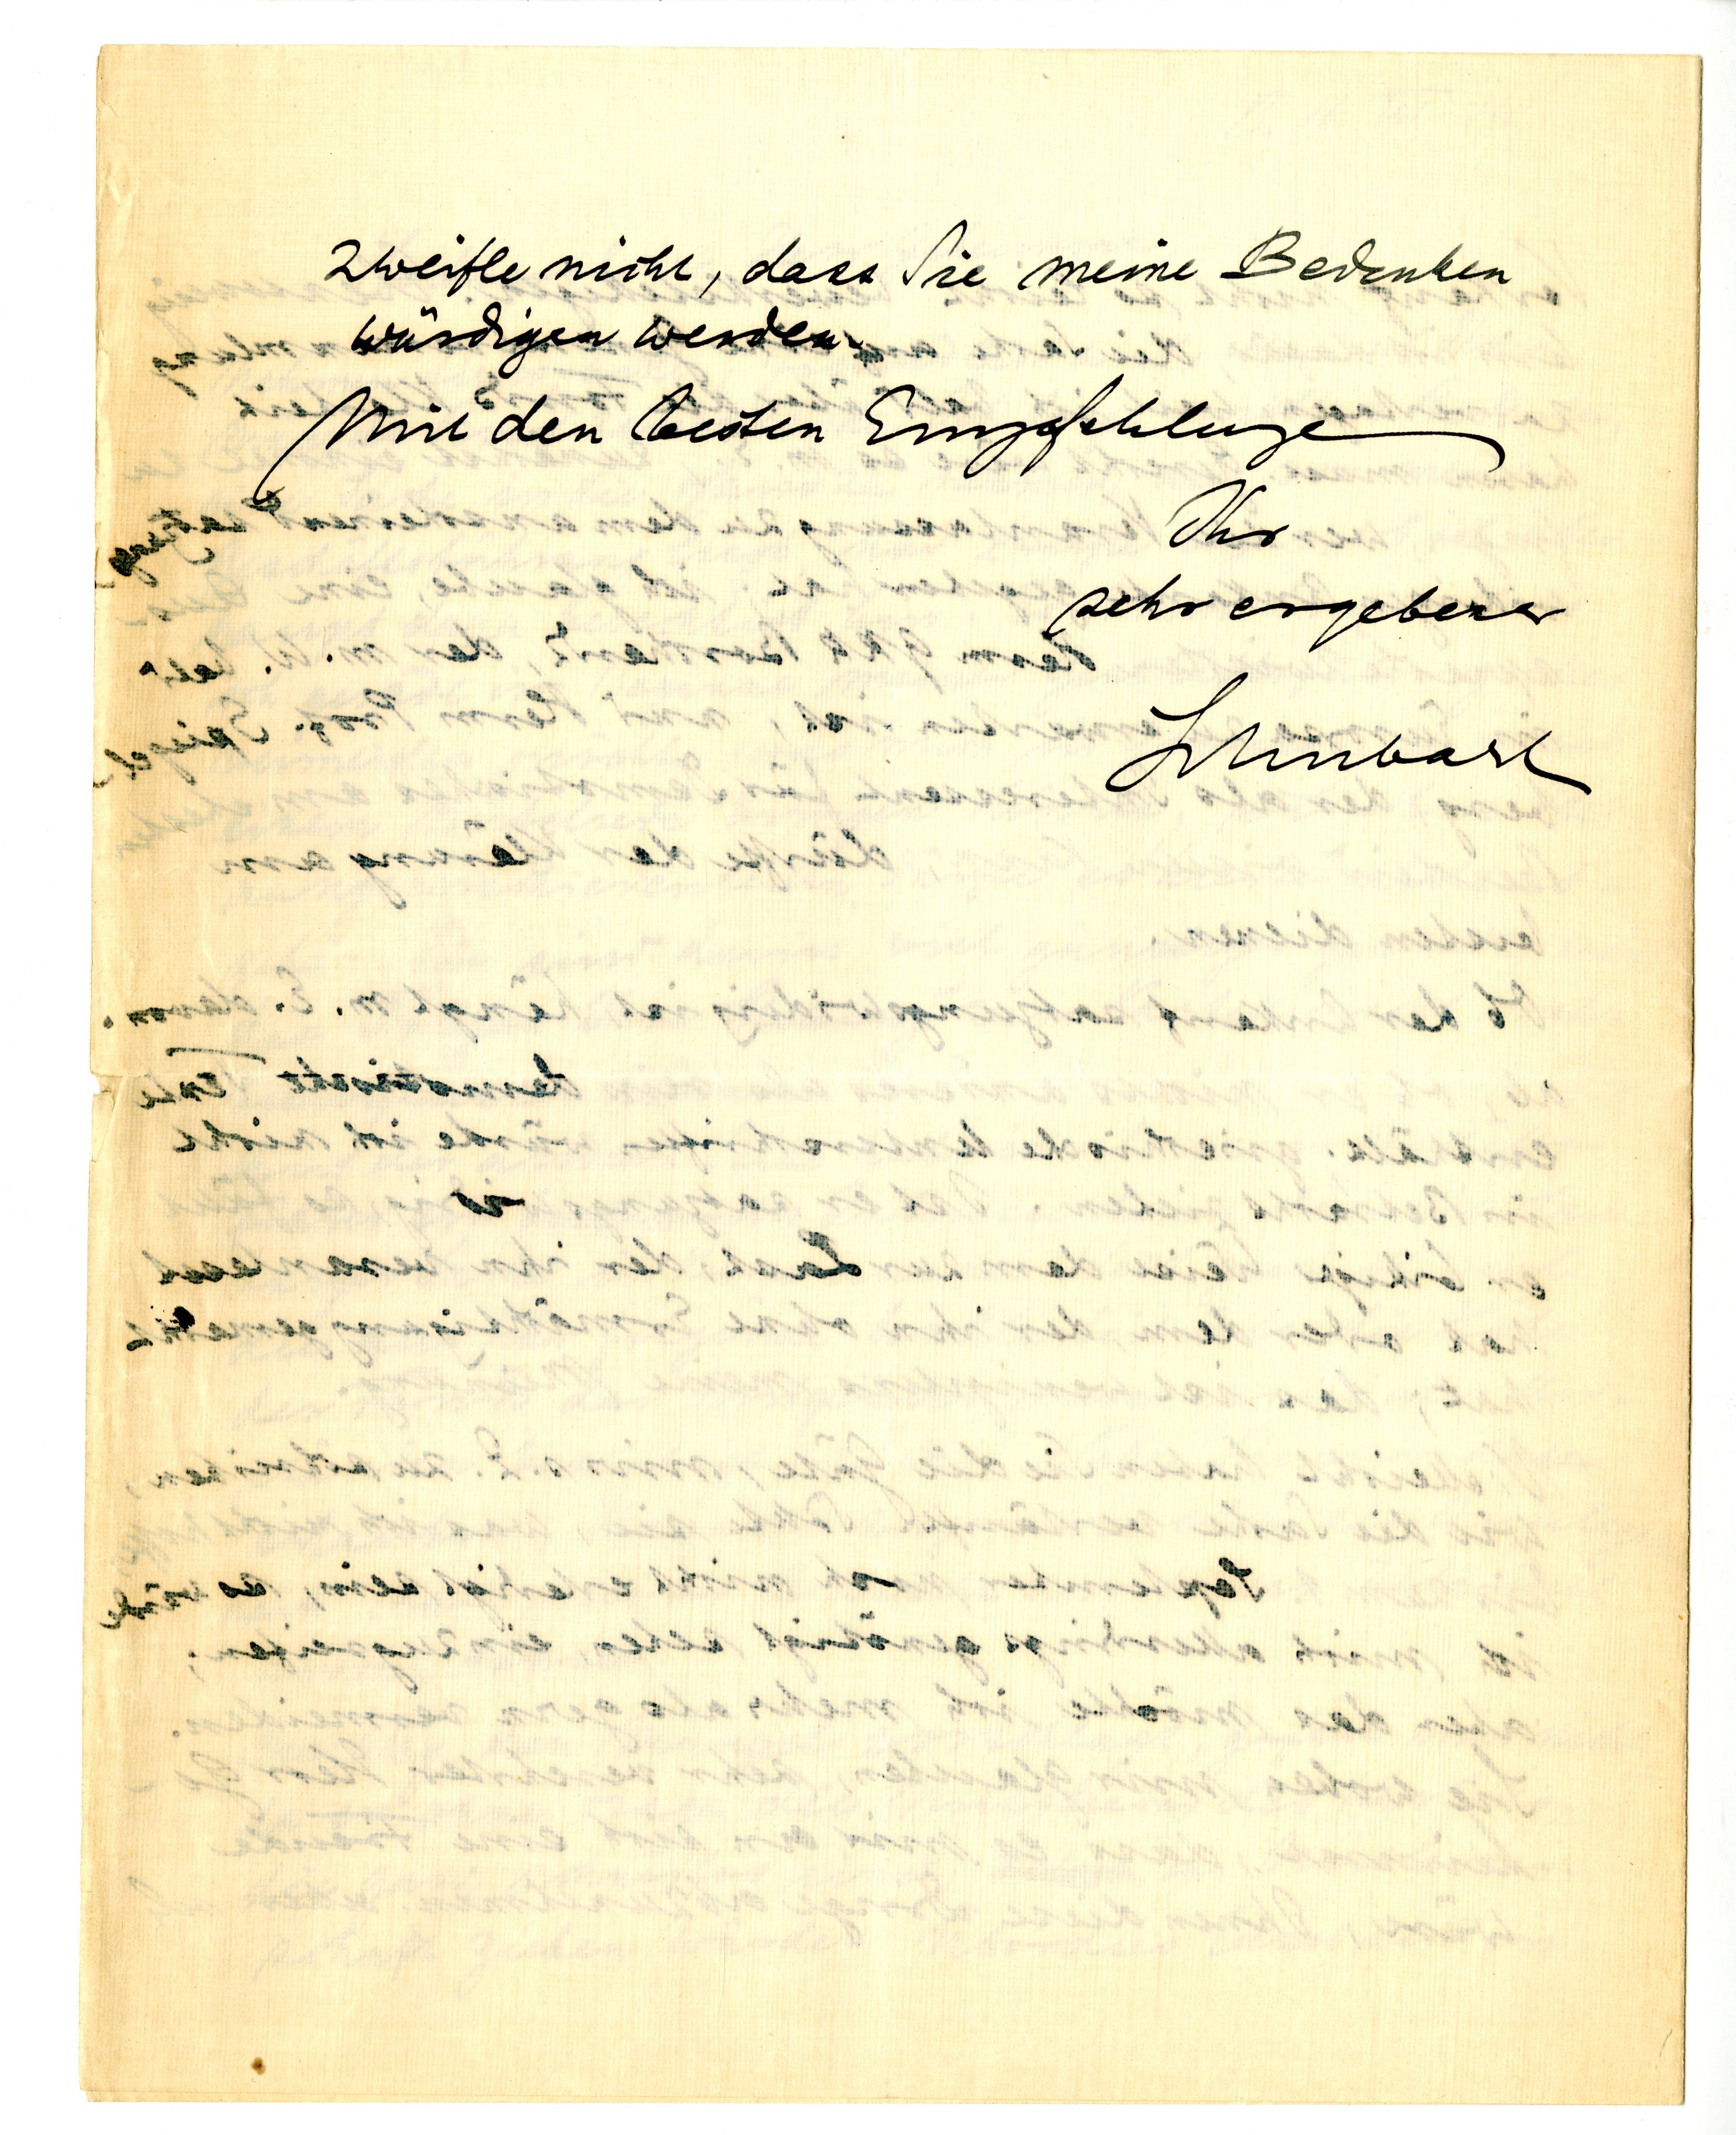
zweifle nicht, dass Sie meine Bedenken
würdigen werden.
Mit den besten Empfehlungen
Ihr
sehr ergebener
Schubart